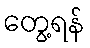
တွေ့ရန်